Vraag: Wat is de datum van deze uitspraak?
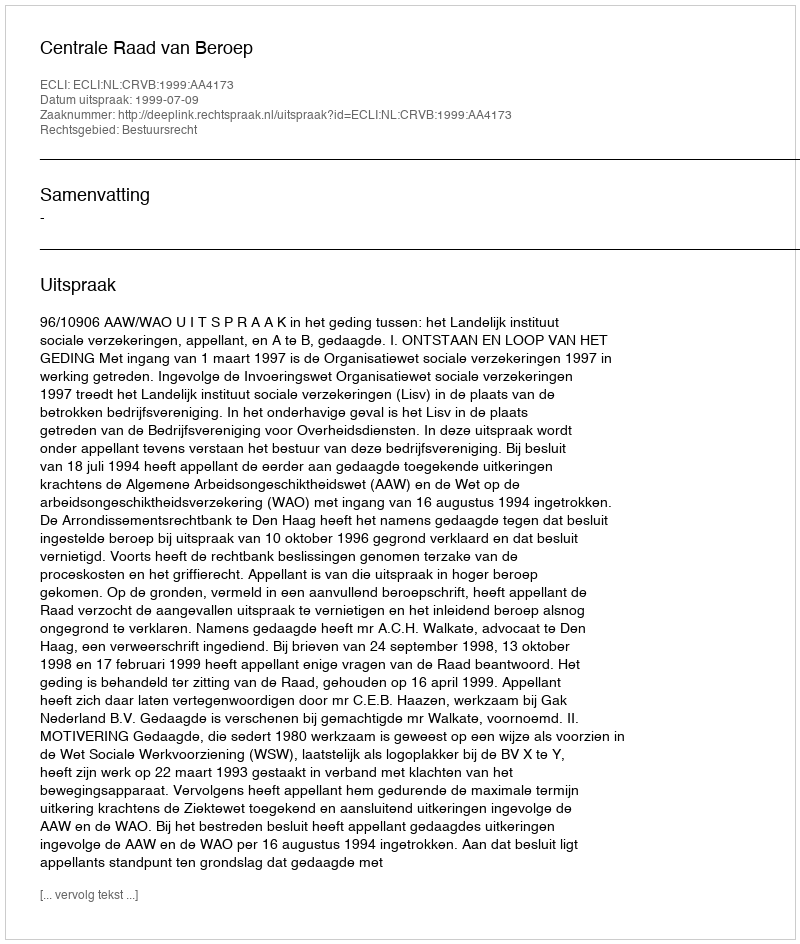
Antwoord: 1999-07-09